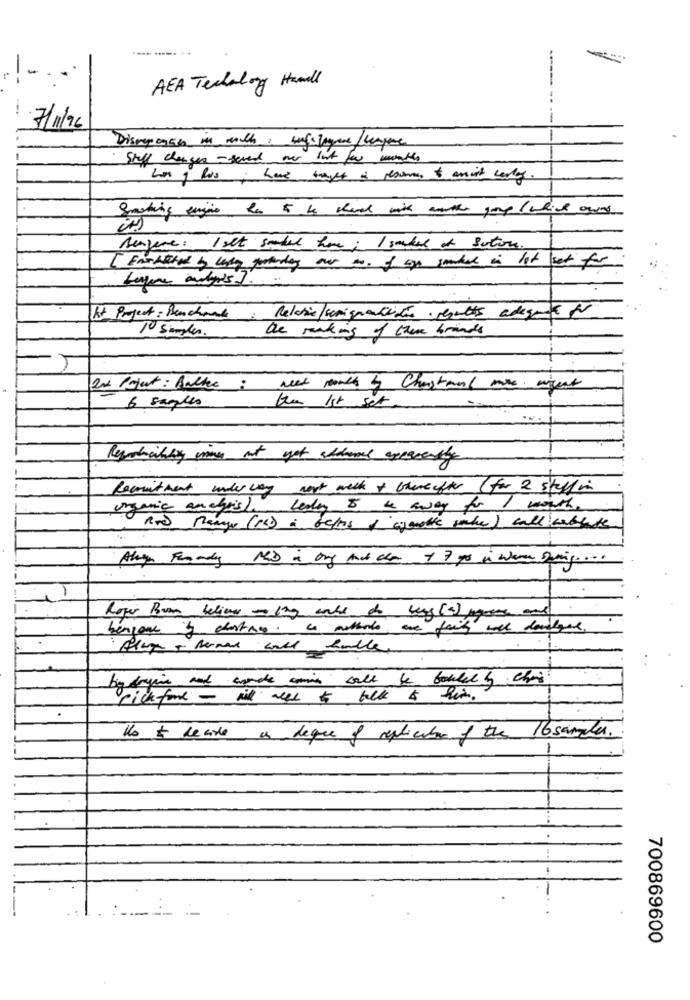
.... ..--- --
--
AEA Techalong Hawall
7/11/96
Staff changes - seven over but for months
has , hus; have taget is resumes & ansist lerley.
Smashing engine has to be chara with worth group ( which owns
Benzene : 1 set smaker have; I soaked at setore.
[Exotiched b lady gotander our to, of age smider in lot set for
At Project: Benchmarks: Relative/semispantiden results adequate for
the making of there brands
10 samples .
Do Poject: Balke : need months & Chartand more wisent
6 samples
tou Ist set
Recruitment underway next week + thereafter ( for 2 steffin
organic anchois), lesley & & away for 1 month.
Rod Range (13) & belts t'aimethe snake ) call cablete
Roger Bran believes to Ing with do berg (2) pegeres and
benzoge &y cartacea methods are fairly well danger,
pickford - will need to fall & him.
Us $ lecie as deque of replication of the 16 samples.
700869600